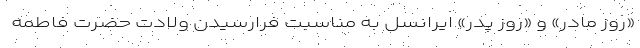
«روز مادر» و «روز پدر» ایرانسل به مناسبت فرارسیدن ولادت حضرت فاطمه